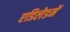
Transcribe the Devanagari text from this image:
एडिलेडमें